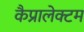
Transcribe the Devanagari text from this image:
कैप्रालेक्टम